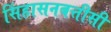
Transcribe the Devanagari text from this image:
सिंहासनबत्तीसी